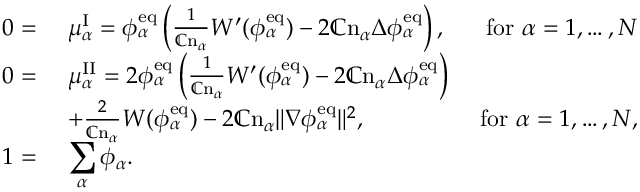
\begin{array} { r l r } { 0 = } & { ~ \mu _ { \alpha } ^ { \mathrm { I } } = \phi _ { \alpha } ^ { \mathrm { e q } } \left( \frac { 1 } { \mathbb { C } \mathrm { n } _ { \alpha } } W ^ { \prime } ( \phi _ { \alpha } ^ { \mathrm { e q } } ) - 2 \mathbb { C } \mathrm { n } _ { \alpha } \Delta \phi _ { \alpha } ^ { \mathrm { e q } } \right) , } & { \mathrm { ~ f o r ~ } \alpha = 1 , \dots , N } \\ { 0 = } & { ~ \mu _ { \alpha } ^ { \mathrm { I I } } = 2 \phi _ { \alpha } ^ { \mathrm { e q } } \left( \frac { 1 } { \mathbb { C } \mathrm { n } _ { \alpha } } W ^ { \prime } ( \phi _ { \alpha } ^ { \mathrm { e q } } ) - 2 \mathbb { C } \mathrm { n } _ { \alpha } \Delta \phi _ { \alpha } ^ { \mathrm { e q } } \right) } \\ & { ~ + \frac { 2 } { \mathbb { C } \mathrm { n } _ { \alpha } } W ( \phi _ { \alpha } ^ { \mathrm { e q } } ) - 2 \mathbb { C } \mathrm { n } _ { \alpha } \| \nabla \phi _ { \alpha } ^ { \mathrm { e q } } \| ^ { 2 } , } & { \mathrm { ~ f o r ~ } \alpha = 1 , \dots , N , } \\ { 1 = } & { ~ \displaystyle \sum _ { \alpha } \phi _ { \alpha } . } & \end{array}